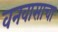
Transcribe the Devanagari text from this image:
वनवासाचा